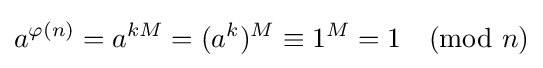
a^{\varphi (n)}=a^{kM}=(a^{k})^{M}\equiv 1^{M}=1{\pmod {n}}